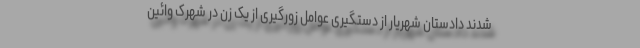
شدند دادستان شهریار از دستگیری عوامل زورگیری از یک زن در شهرک وائین